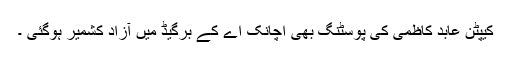
کیپٹن عابد کاظمی کی پوسٹنگ بھی اچانک اے کے برگیڈ میں آزاد کشمیر ہوگئی ۔